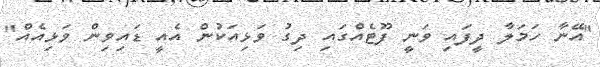
"އޭނާ ހަމަލާ ދީފައި ވަނީ ފޫޓެއްގައި ދިގު ވަޅިއަކުން އެއީ ޑައިވިން ވަޅިއެއް"